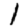
Digit: 1